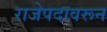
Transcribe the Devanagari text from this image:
राजेपदावरून